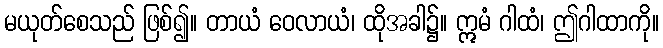
မယုတ်စေသည် ဖြစ်၍။ တာယံ ဝေလာယံ၊ ထိုအခါ၌။ ဣမံ ဂါထံ၊ ဤဂါထာကို။